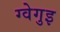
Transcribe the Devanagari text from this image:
ग्वेगुइ